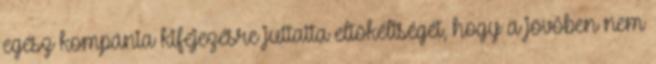
egész kompánia kifejezésre juttatta eltökéltségét, hogy a jövőben nem